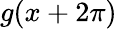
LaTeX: g(x+2\pi)